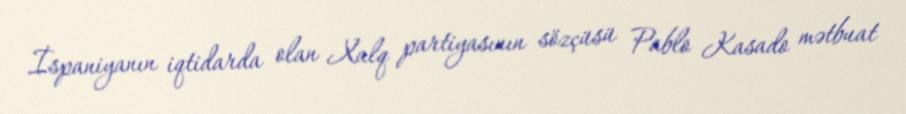
İspaniyanın iqtidarda olan Xalq partiyasının sözçüsü Pablo Kasado mətbuat